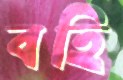
বহি